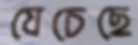
যেচেছে